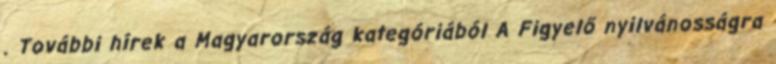
. További hírek a Magyarország kategóriából A Figyelő nyilvánosságra